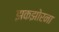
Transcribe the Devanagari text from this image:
झकझोरना